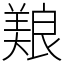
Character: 𫝥